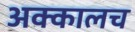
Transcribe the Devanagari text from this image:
अक्कालच